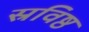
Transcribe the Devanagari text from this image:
स्रविष्ठ